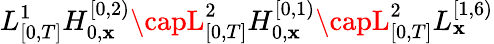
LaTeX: L_{[0,T]}^{1}H_{0,\mathbf{x}}^{[0,2)}\capL_{[0,T]}^{2}H_{0,\mathbf{x}}^{[0,1)}\capL_{[0,T]}^{2}L_{\mathbf{x}}^{[1,6)}